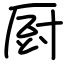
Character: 厨